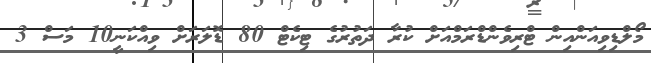
މޯލްޑިވިއަންއިން ޓްރިވެންޑްރަމްއަށް ކުރާ ދަތުރުގެ ޓިކެޓް 80 ޑޮލަރަށް ވިއްކަނީ10 މަސް 3